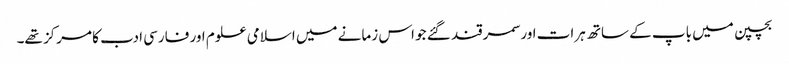
بچپن میں باپ کے ساتھ ہرات اور سمرقند گئے جو اس زمانے میں اسلامی علوم اور فارسی ادب کا مرکز تھے۔